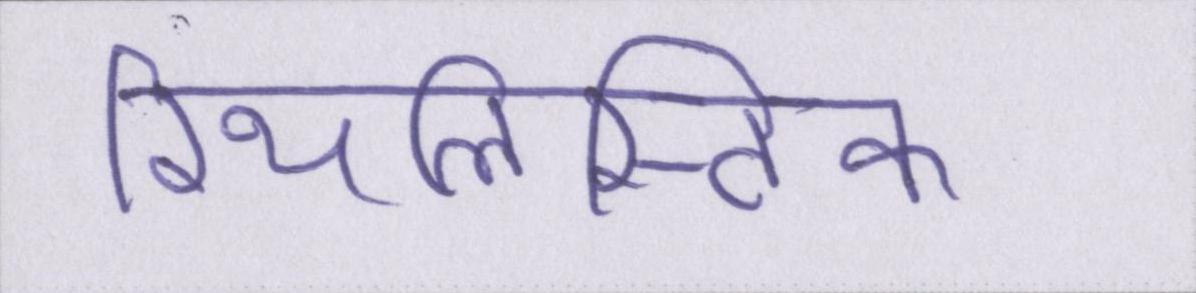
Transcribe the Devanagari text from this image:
रियलिस्टिक